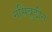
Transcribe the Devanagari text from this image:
नसिबुद्दीन